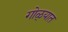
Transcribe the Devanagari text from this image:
गोळ्यात